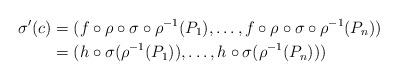
LaTeX: \begin{align*}\sigma'(c) & = (f \circ \rho \circ \sigma \circ \rho^{-1}(P_1),\dots,f\circ \rho \circ \sigma \circ \rho^{-1}(P_n))\\& = (h \circ \sigma (\rho^{-1}(P_1)),\dots, h \circ \sigma (\rho^{-1}(P_n)))\end{align*}